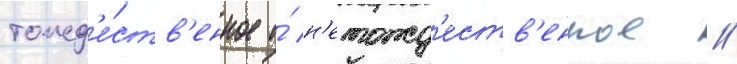
тожд'е́ств'енное и́ н'етожд'еств'енное //